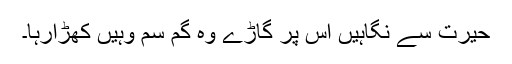
حیرت سے نگاہیں اس پر گاڑے وہ گم سم وہیں کھڑارہا۔